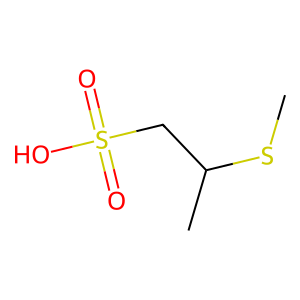
SMILES: CSC(C)CS(=O)(=O)O
Inhibits HIV replication: No